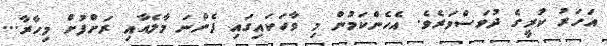
އަހަރު ކުރީގެ ދުވަސްވަރެވެ. އެހެންކަމުން މި ވާހަކައިގައި ފެންނަ މާލެއާއި ރަށްފުށް މިހާރާ...